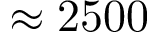
\approx 2 5 0 0